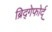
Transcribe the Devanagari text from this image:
ब्रिद्गेफोर्द्